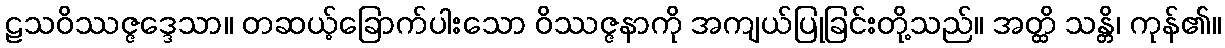
ဠသဝိဿဇ္ဇဒ္ဒေသာ။ တဆယ့်ခြောက်ပါးသော ဝိဿဇ္ဇနာကို အကျယ်ပြုခြင်းတို့သည်။ အတ္ထိ သန္တိ၊ ကုန်၏။